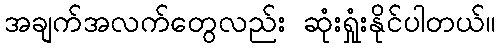
အချက်အလက်တွေလည်း ဆုံးရှုံးနိုင်ပါတယ်။